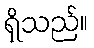
ရှိသည်။